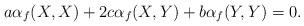
LaTeX: \begin{align*}a\alpha_f(X,X)+2c\alpha_f(X,Y)+b\alpha_f(Y,Y)=0.\end{align*}